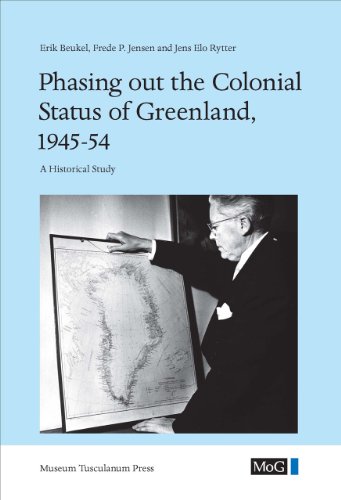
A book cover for Phasing out the Colonial Status of Greenland, 1945-54: A Historical Study (Monographs on Greenland - Man & Society); Erik Beukel; History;